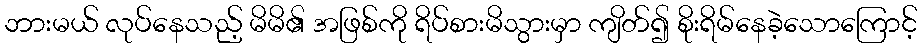
ဘားမယ် လုပ်နေသည့် မိမိ၏ အဖြစ်ကို ရိပ်စားမိသွားမှာ ကျိတ်၍ စိုးရိမ်နေခဲ့သောကြောင့်